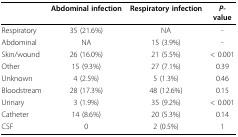
|  | Abdominal infection | Respiratory infection | P-value |
 | --- | --- | --- | --- |
 | Respiratory | 35 (21.6%) | NA | - |
 | Abdominal | NA | 15 (3.9%) | - |
 | Skin/wound | 26 (16.0%) | 21 (5.5%) | < 0.001 |
 | Other | 15 (9.3%) | 27 (7.1%) | 0.39 |
 | Unknown | 4 (2.5%) | 5 (1.3%) | 0.46 |
 | Bloodstream | 28 (17.3%) | 48 (12.6%) | 0.15 |
 | Urinary | 3 (1.9%) | 35 (9.2%) | < 0.001 |
 | Catheter | 14 (8.6%) | 20 (5.3%) | 0.14 |
 | CSF | 0 | 2 (0.5%) | 1 |